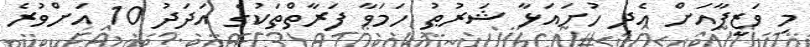
މި ވަޒީފާއަށް އެދި ހުށައަޅާ ޝަރުޠު ހަމަވާ ފަރާތްތަކުގެ އަދަދު 10 އަށްވުރެ